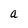
Character: a